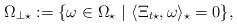
LaTeX: \begin{align*} \Omega_{\perp\star}:=\{\omega\in\Omega_\star~|~ \langle\Xi_{t\star},\omega\rangle_\star=0\},\end{align*}